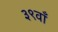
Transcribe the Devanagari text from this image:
३९वाँ